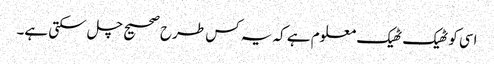
اسی کو ٹھیک ٹھیک معلوم ہے کہ یہ کس طرح صحیح چل سکتی ہے۔